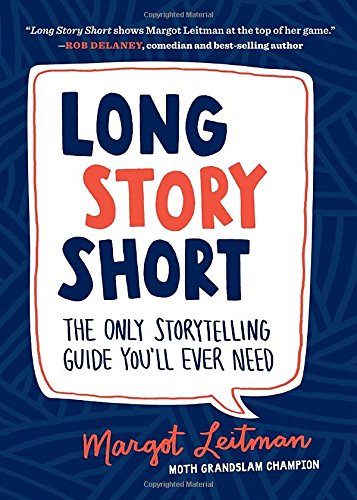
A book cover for Long Story Short: The Only Storytelling Guide You'll Ever Need; Margot Leitman; Humor & Entertainment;